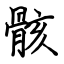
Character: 骸